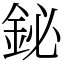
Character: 鉍